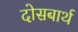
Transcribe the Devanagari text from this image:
दोसबार्थ